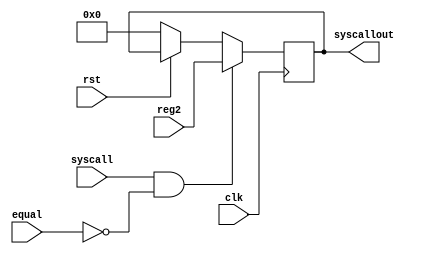
module display(clk,rst,syscall,equal,reg2,syscallout);
    input clk,rst,syscall,equal;
    input [31:0]reg2;
    output [31:0]syscallout;
    reg [31:0]mem;
    reg enable;
    
    always @(posedge clk)begin
       
        enable=syscall&&(~equal);
        if(rst==0)begin mem=0;end
     if(enable==1)begin
         mem=reg2;
     end
      
    end
    assign syscallout=mem;
endmodule